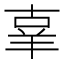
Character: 𦍬